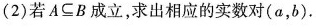
(2)若A⊆B成立，求出相应的实数对(α，b)。